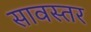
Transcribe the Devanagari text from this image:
सावस्तर